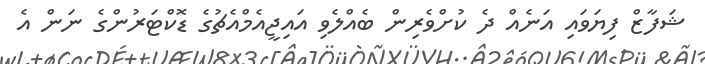
ޝަފާޒް ފިޔަވައި އަނެއް ދެ ކުށްވެރިން ބެއްލެވި އައިޖީއެމްއެޗުގެ ޑޮކްޓަރުންގެ ނަން އެ